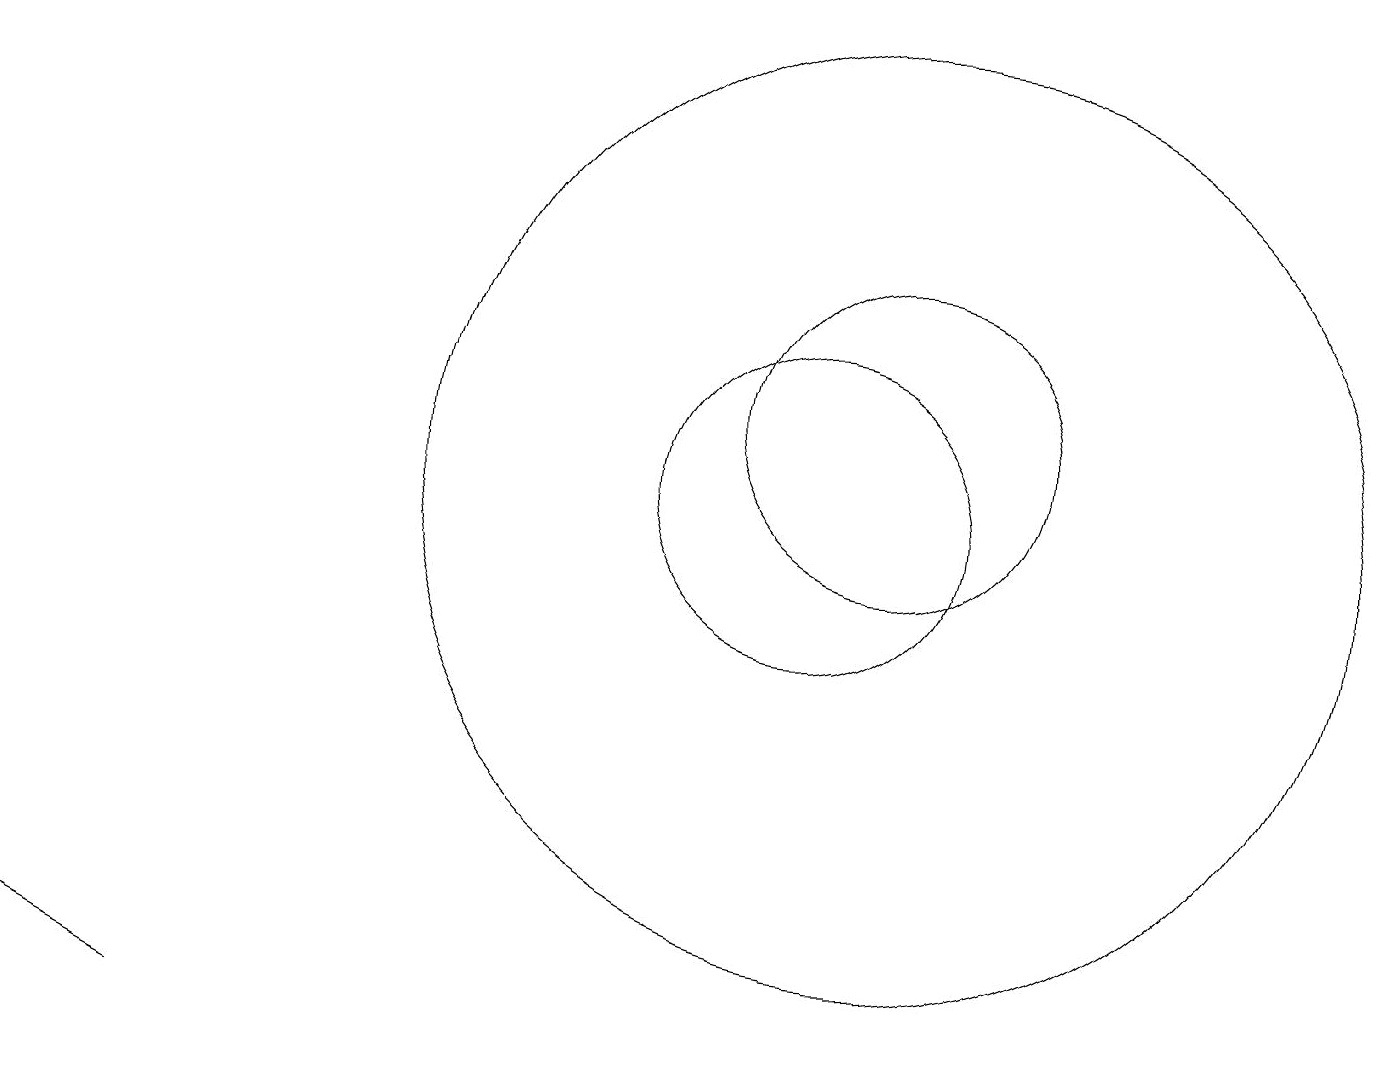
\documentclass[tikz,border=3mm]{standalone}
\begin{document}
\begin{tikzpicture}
\draw (10,10) circle (2);
\draw (11,10) circle (6);
\draw (11,11) circle (2);
\draw (2,3) -- (0,4) -- (2,3) -- cycle;
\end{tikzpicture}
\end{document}